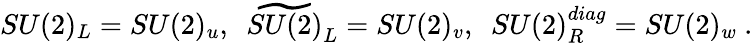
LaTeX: SU(2)_{L}=SU(2)_{u},~~\widetilde{SU(2)}_{L}=SU(2)_{v},~~SU(2)_{R}^{diag}=SU(2)_{w}\ .